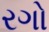
રગો